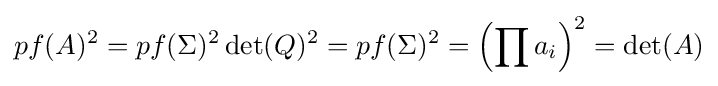
pf(A)^{2}=pf(\Sigma )^{2}\det(Q)^{2}=pf(\Sigma )^{2}=\left(\prod a_{i}\right)^{2}=\det(A)